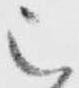
被